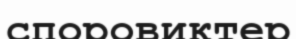
споровиктер